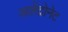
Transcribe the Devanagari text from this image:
अलेंद्रोनेट